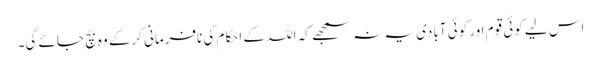
اس لیے کوئی قوم اور کوئی آبادی یہ نہ سمجھے کہ اللہ کے احکام کی نافرمانی کرکے وہ بچ جائے گی۔